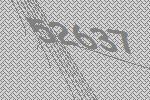
52637